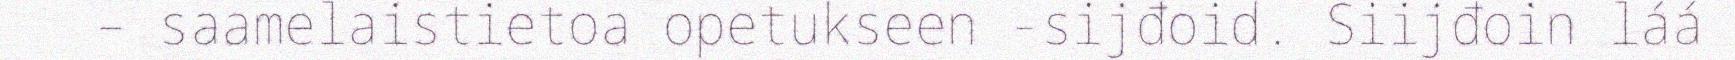
– saamelaistietoa opetukseen -sijđoid. Siijđoin láá